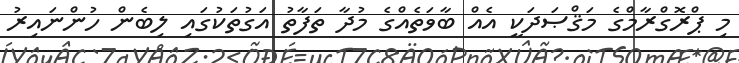
މި ޕްރޮގްރާމްގެ މަޤްޞަދަކީ އެއް ބާވަތެއްގެ މުދާ ތަފާތު އަގުތަކުގައި ލިބެން ހުންނައިރު